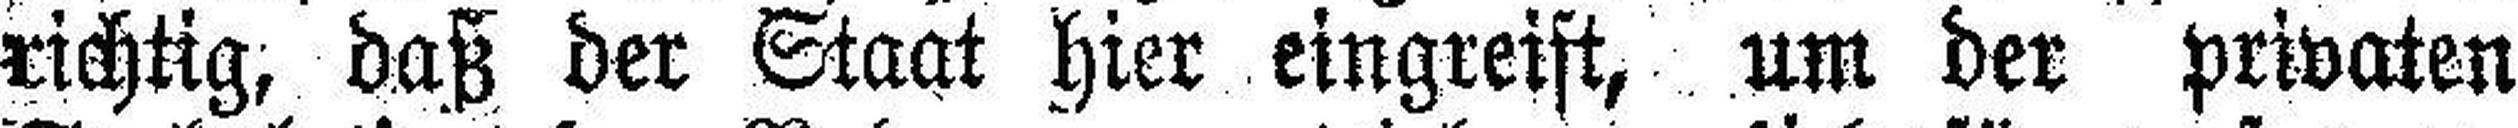
richtig, daß der Staat hier eingreift, um der privaten